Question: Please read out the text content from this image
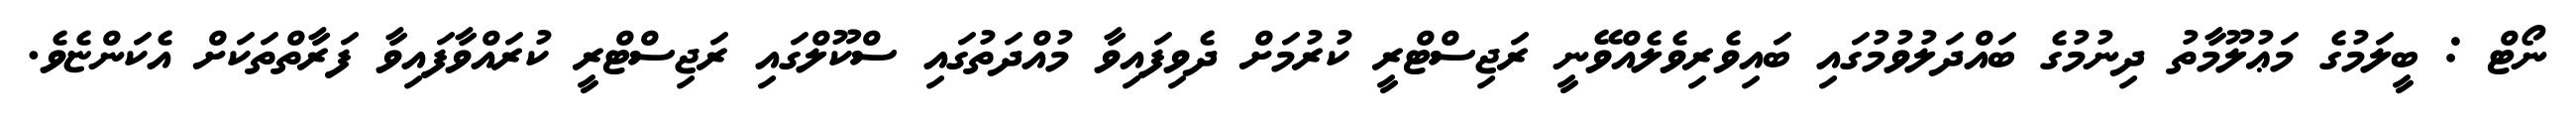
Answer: ނޯޓް : ބީލަމުގެ މަޢުލޫމާތު ދިނުމުގެ ބައްދަލުވުމުގައި ބައިވެރިވެލެއްވޭނީ ރަޖިސްޓްރީ ކުރުމަށް ދެވިފައިވާ މުއްދަތުގައި ސްކޫލްގައި ރަޖިސްޓްރީ ކުރައްވާފައިވާ ފަރާތްތަކަށް އެކަންޏެވެ.